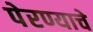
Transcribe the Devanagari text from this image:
पेरण्याचे